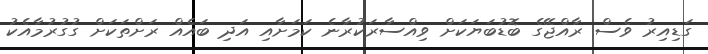
ގަޑިއިރު ވެސް ރާއްޖޭގެ ބޮޑުބަޔަކަށް ވިއްސާރަކުރާނެ ކަމަށާއި އަދި ބައެއް ރަށްތަކަށް ގުގުރުމާއެކު